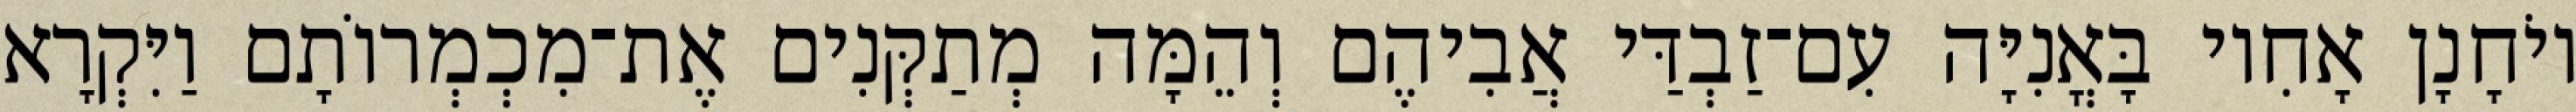
יוֹחָנָן אָחִיו בָּאֳנִיָּה עִם־זַבְדַּי אֲבִיהֶם וְהֵמָּה מְתַקְּנִים אֶת־מִכְמְרוֹתָם וַיִּקְרָא